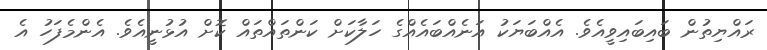
ރައްޔިތުން ބައިބައިވީއެވެ. އެއްބަޔަކު އަނެއްބައެއްގެ ހަލާކަށް ކަންތައްތައް ކޮށް އުޅުނީއެވެ. އެންމެފަހު އެ